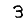
Digit: 3